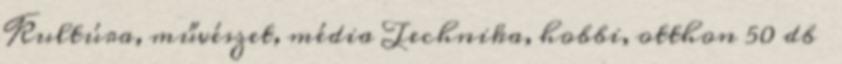
Kultúra, művészet, média Technika, hobbi, otthon 50 db